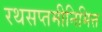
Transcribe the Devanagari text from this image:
रथसप्तमीनिमित्त